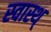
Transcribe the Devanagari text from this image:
स्वास्थ्